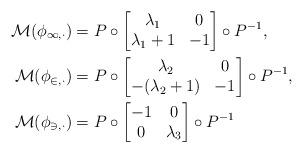
LaTeX: \begin{align*}\cal{M}(\phi_{1, \Delta}) &= P \circ \begin{bmatrix}\lambda_1 & 0\\\lambda_1+1 & -1\end{bmatrix} \circ P^{-1} , \\\cal{M}(\phi_{2, \Delta}) &= P \circ \begin{bmatrix}\lambda_2 & 0\\ -(\lambda_2+1) & -1\end{bmatrix} \circ P^{-1}, \\\cal{M}(\phi_{3, \Delta}) &= P \circ \begin{bmatrix}-1 & 0\\0 & \lambda_3\end{bmatrix} \circ P^{-1}\end{align*}